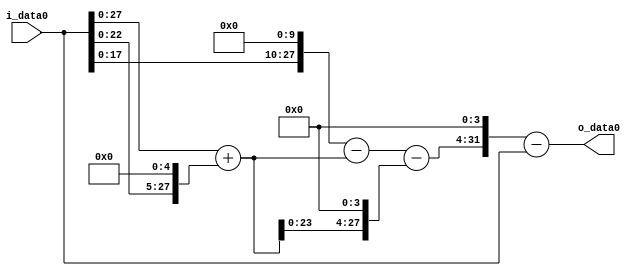
module multiplier_block (
    i_data0,
    o_data0
);

  // Port mode declarations:
  input   [31:0] i_data0;
  output  [31:0]
    o_data0;

  //Multipliers:

  wire [31:0]
    w1,
    w32,
    w33,
    w1024,
    w991,
    w528,
    w463,
    w7408,
    w7407;

  assign w1 = i_data0;
  assign w1024 = w1 << 10;
  assign w32 = w1 << 5;
  assign w33 = w1 + w32;
  assign w463 = w991 - w528;
  assign w528 = w33 << 4;
  assign w7407 = w7408 - w1;
  assign w7408 = w463 << 4;
  assign w991 = w1024 - w33;

  assign o_data0 = w7407;

  //multiplier_block area estimate = 6802.48789710589;
endmodule